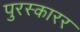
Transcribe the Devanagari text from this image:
पुरस्कारर